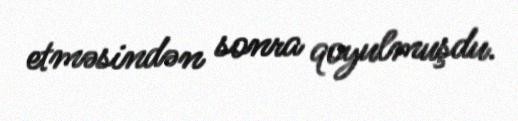
etməsindən sonra qoyulmuşdu.